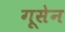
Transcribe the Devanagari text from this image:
गूसेन